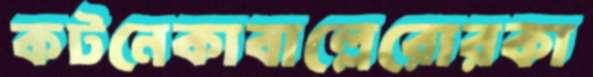
কটনেকাবাল্লেরোরকা